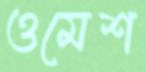
ওমেশ